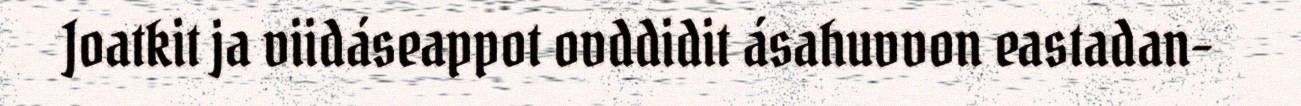
Joatkit ja viidáseappot ovddidit ásahuvvon eastadan-